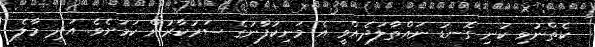
ކެތްނުވި ކުނި ގޮނޑު ނައްތާލަދެއްވީ އެ މަނިކުފާނުގެ ސަރުކާރުން ކަމަށެވެ. އަދި މާލެ